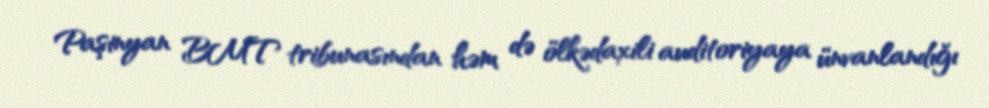
Paşinyan BMT tribunasından həm də ölkədaxili auditoriyaya ünvanlandığı